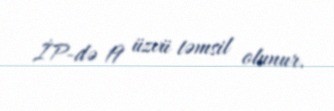
İP-də 19 üzvü təmsil olunur.